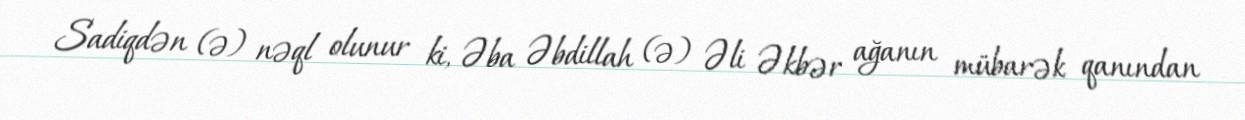
Sadiqdən (ə) nəql olunur ki, Əba Əbdillah (ə) Əli Əkbər ağanın mübarək qanından